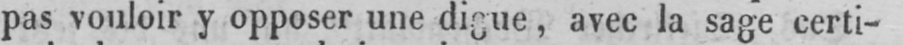
pas vouloir y opposer une digue, avec la sage certi-